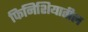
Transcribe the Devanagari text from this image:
फिनिशियातील